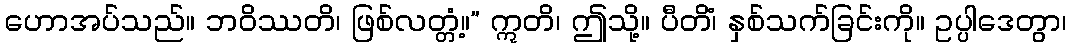
ဟောအပ်သည်။ ဘဝိဿတိ၊ ဖြစ်လတ္တံ့။” ဣတိ၊ ဤသို့။ ပီတိံ၊ နှစ်သက်ခြင်းကို။ ဥပ္ပါဒေတွာ၊